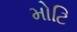
મોટિ